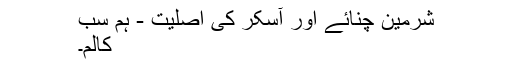
شرمین چنائے اور آسکر کی اصلیت - ہم سب
کالم۔